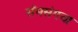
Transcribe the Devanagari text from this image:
सॅमसंगचा